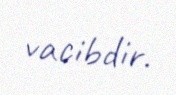
vacibdir.